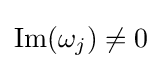
\operatorname {Im} (\omega _{j})\neq 0